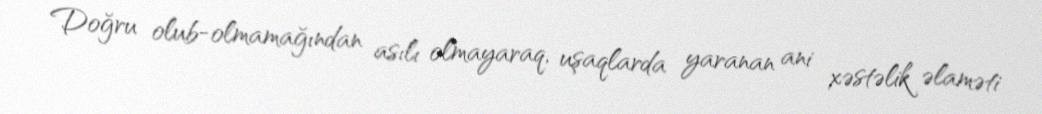
Doğru olub-olmamağından asılı olmayaraq, uşaqlarda yaranan ani xəstəlik əlaməti